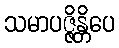
သမာပဇ္ဇိန္တိပေ